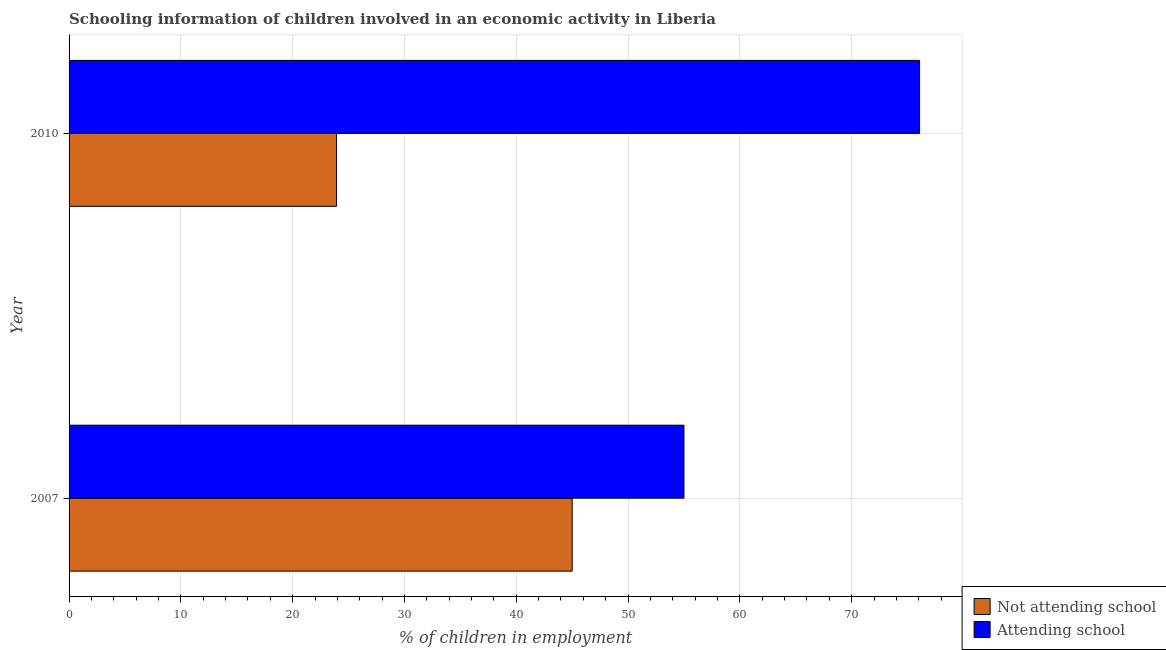
| Year | Not attending school | Attending school |
 | --- | --- | --- |
 | 2007 | 45 | 55 |
 | 2010 | 23.9 | 76.1 |